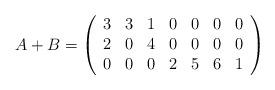
LaTeX: \begin{align*} A+B=\left( \begin{array}{ccccccc} 3&3&1&0&0&0&0\\ 2&0&4&0&0&0&0\\ 0&0&0&2&5&6&1 \end{array} \right)\end{align*}